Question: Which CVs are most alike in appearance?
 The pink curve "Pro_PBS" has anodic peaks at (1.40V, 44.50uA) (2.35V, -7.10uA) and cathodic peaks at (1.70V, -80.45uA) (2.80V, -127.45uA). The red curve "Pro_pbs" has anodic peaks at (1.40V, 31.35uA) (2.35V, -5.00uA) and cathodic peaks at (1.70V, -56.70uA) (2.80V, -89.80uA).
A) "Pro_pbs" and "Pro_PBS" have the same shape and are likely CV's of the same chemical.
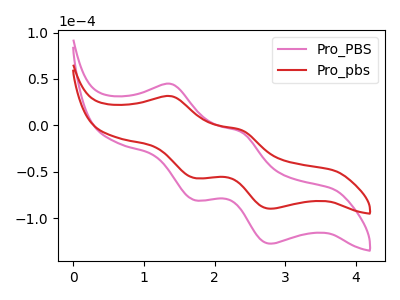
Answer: <think>All the peaks in "Pro_PBS" have a peak in "Pro_pbs" at the same potential.
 </think>
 <answer>A) "Pro_pbs" and "Pro_PBS" have the same shape and are likely CV's of the same chemical.</answer>
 <eval>A</eval>